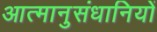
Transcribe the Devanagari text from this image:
आत्मानुसंधानियों